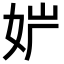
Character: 𡛢